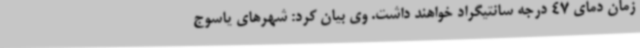
زمان دمای 47 درجه سانتیگراد خواهند داشت. وی بیان کرد: شهرهای یاسوج